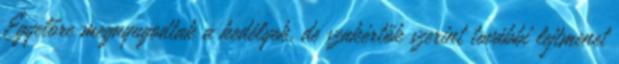
Egyelőre megnyugodtak a kedélyek, de szakértők szerint további lejtmenet